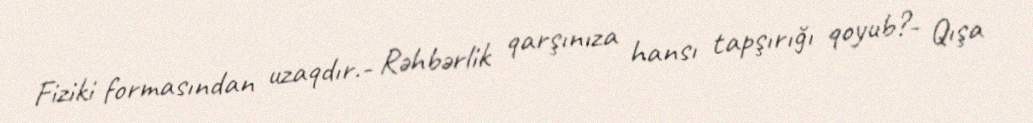
Fiziki formasından uzaqdır.- Rəhbərlik qarşınıza hansı tapşırığı qoyub?- Qışa